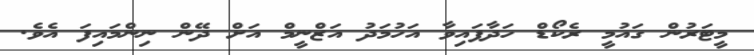
މީޓަރުން ގައުމީ ރެކޯޑް ހަދާފައިވާ އަހުމަދު އަޒްނީމް އަށް ދޭން ނިންމައިފަ އެވެ.